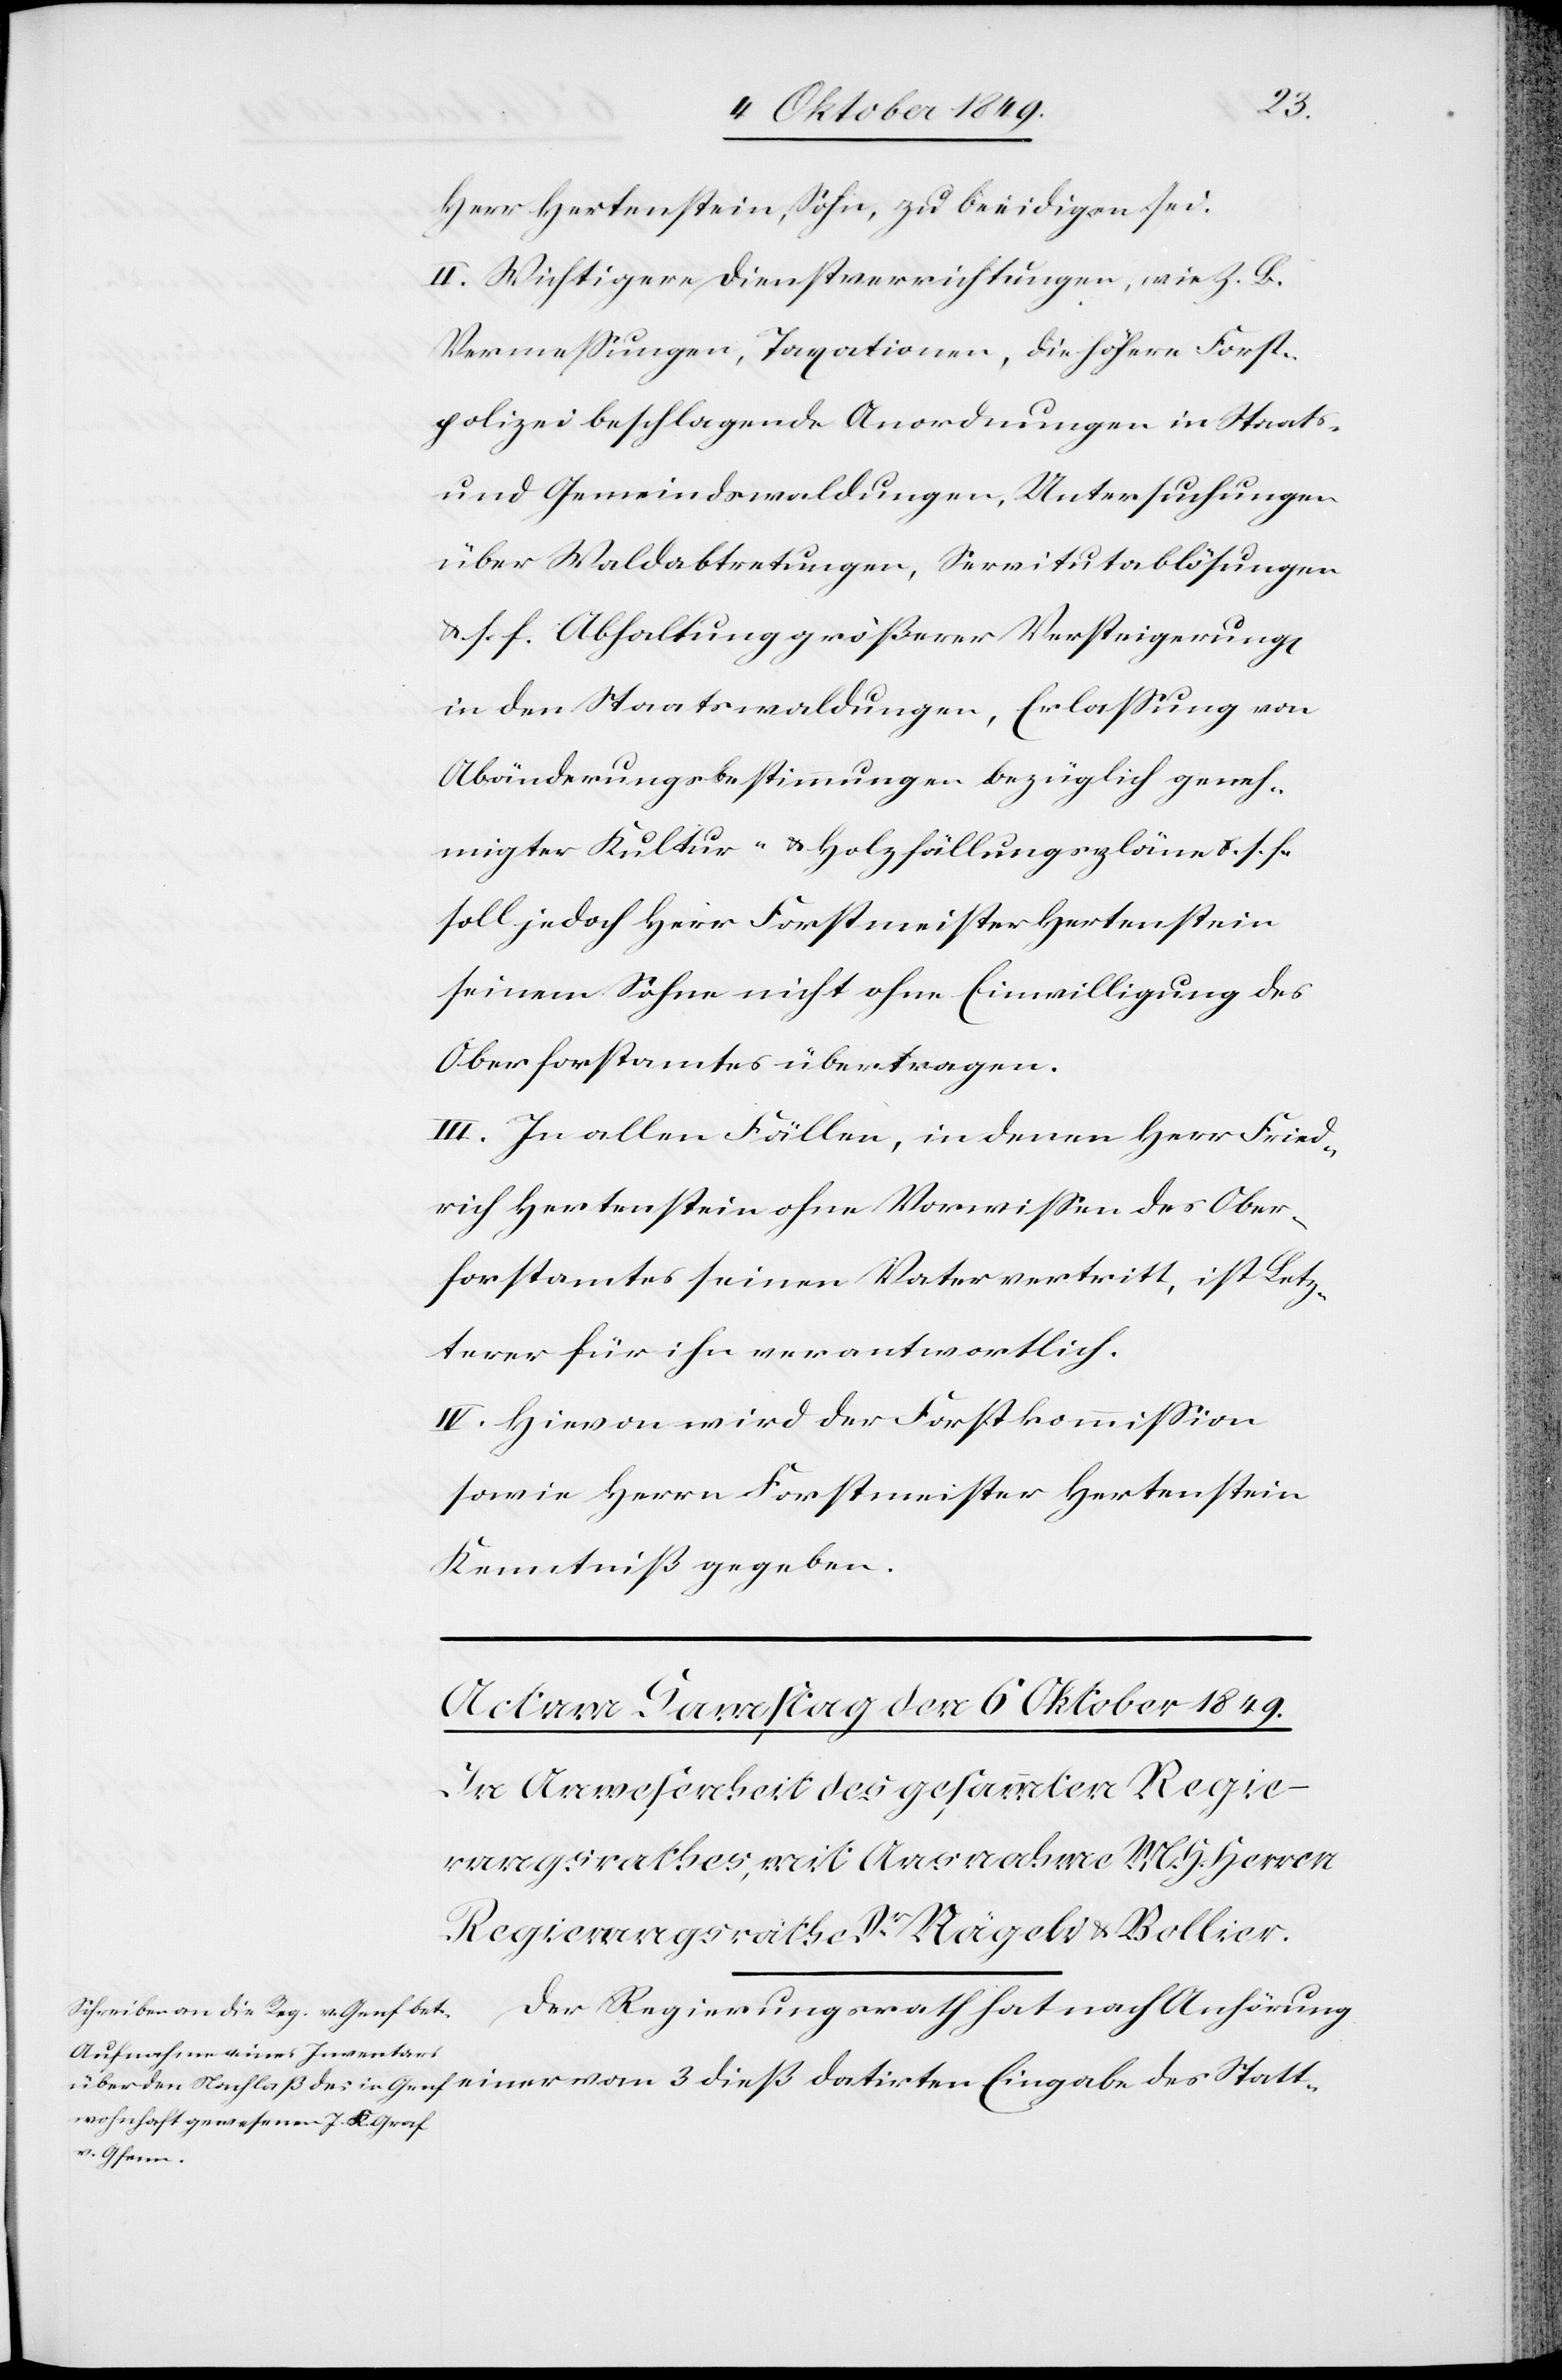
Herr Hertenstein, Sohn, zu beeidigen sei.
II. Wichtigere Dienstverrichtungen wie z.B.
Vermeßungen, Taxationen, die höhere Forst¬
polizei beschlagende Anordnungen in Staats-
und Gemeindswaldungen, Untersuchungen
über Waldabtretungen, Servitutablösungen
u. s. f. Abhaltung größerer Versteigerung[en]
in den Staatswaldungen, Erlaßung von
Abänderungsbestimmungen bezüglich geneh¬
migter Kultur- u. Holzfällungspläne u. s. f.
soll jedoch Herr Forstmeister Hertenstein
seinem Sohne nicht ohne Einwilligung des
Oberforstamtes übertragen.
III. In allen Fällen, in denen Herr Fried¬
rich Hertenstein ohne Vorwißen des Ober¬
forstamtes seinen Vater vertritt, ist Letz¬
terer für ihn verantwortlich.
IV. Hievon wird der Forstkommißion
sowie Herrn Forstmeister Hertenstein
Kenntniß gegeben.
Der Regierungsrath hat nach Anhörung